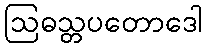
ဩဓသ္တပတောဒေါ